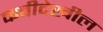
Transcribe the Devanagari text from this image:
कवीदेखील